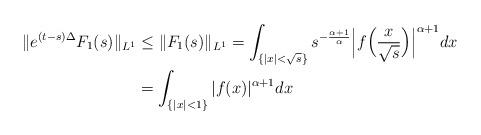
LaTeX: \begin{align*} \| e^{(t-s) \Delta } F_1 (s) \| _{ L^1 } & \le \| F_1 (s) \| _{ L^1 }= \int _{ \{ |x|<\sqrt s \} } s^{-\frac {\alpha +1} {\alpha }} \Bigl| f \Bigl( \frac {x} {\sqrt s} \Bigr) \Bigr|^{\alpha +1} dx \\ & = \int _{ \{ |x|< 1 \} } |f(x)|^{\alpha +1}dx \end{align*}